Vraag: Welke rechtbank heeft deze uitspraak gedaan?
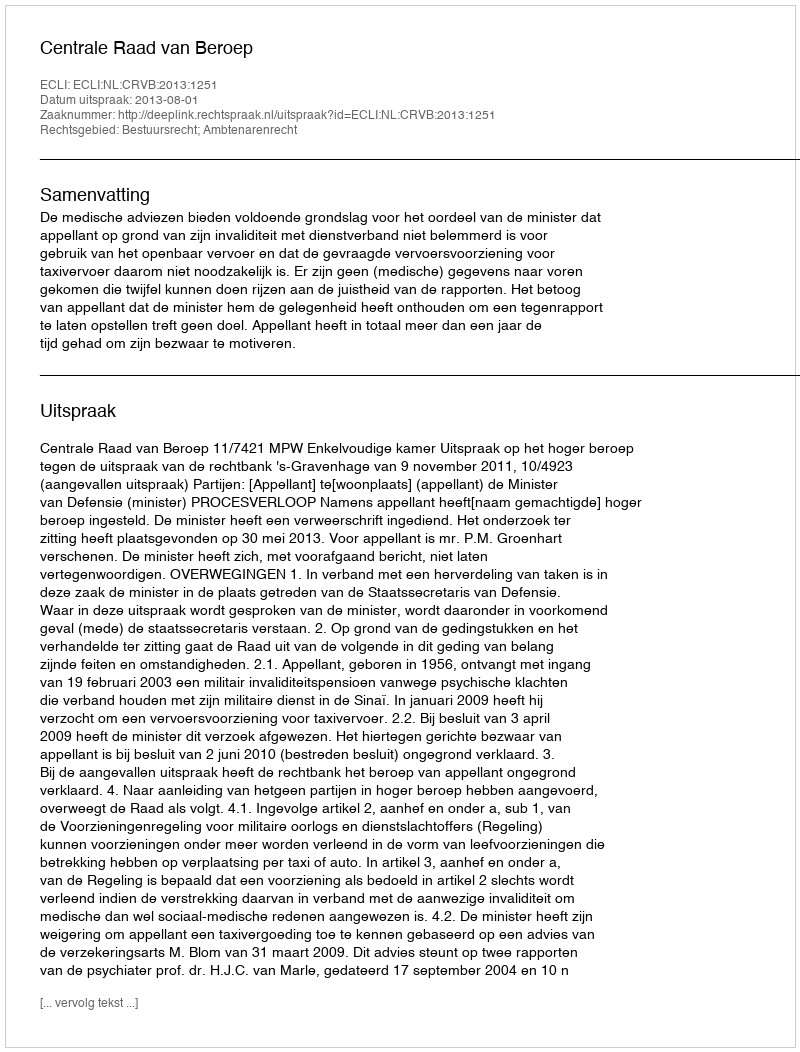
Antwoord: Centrale Raad van Beroep